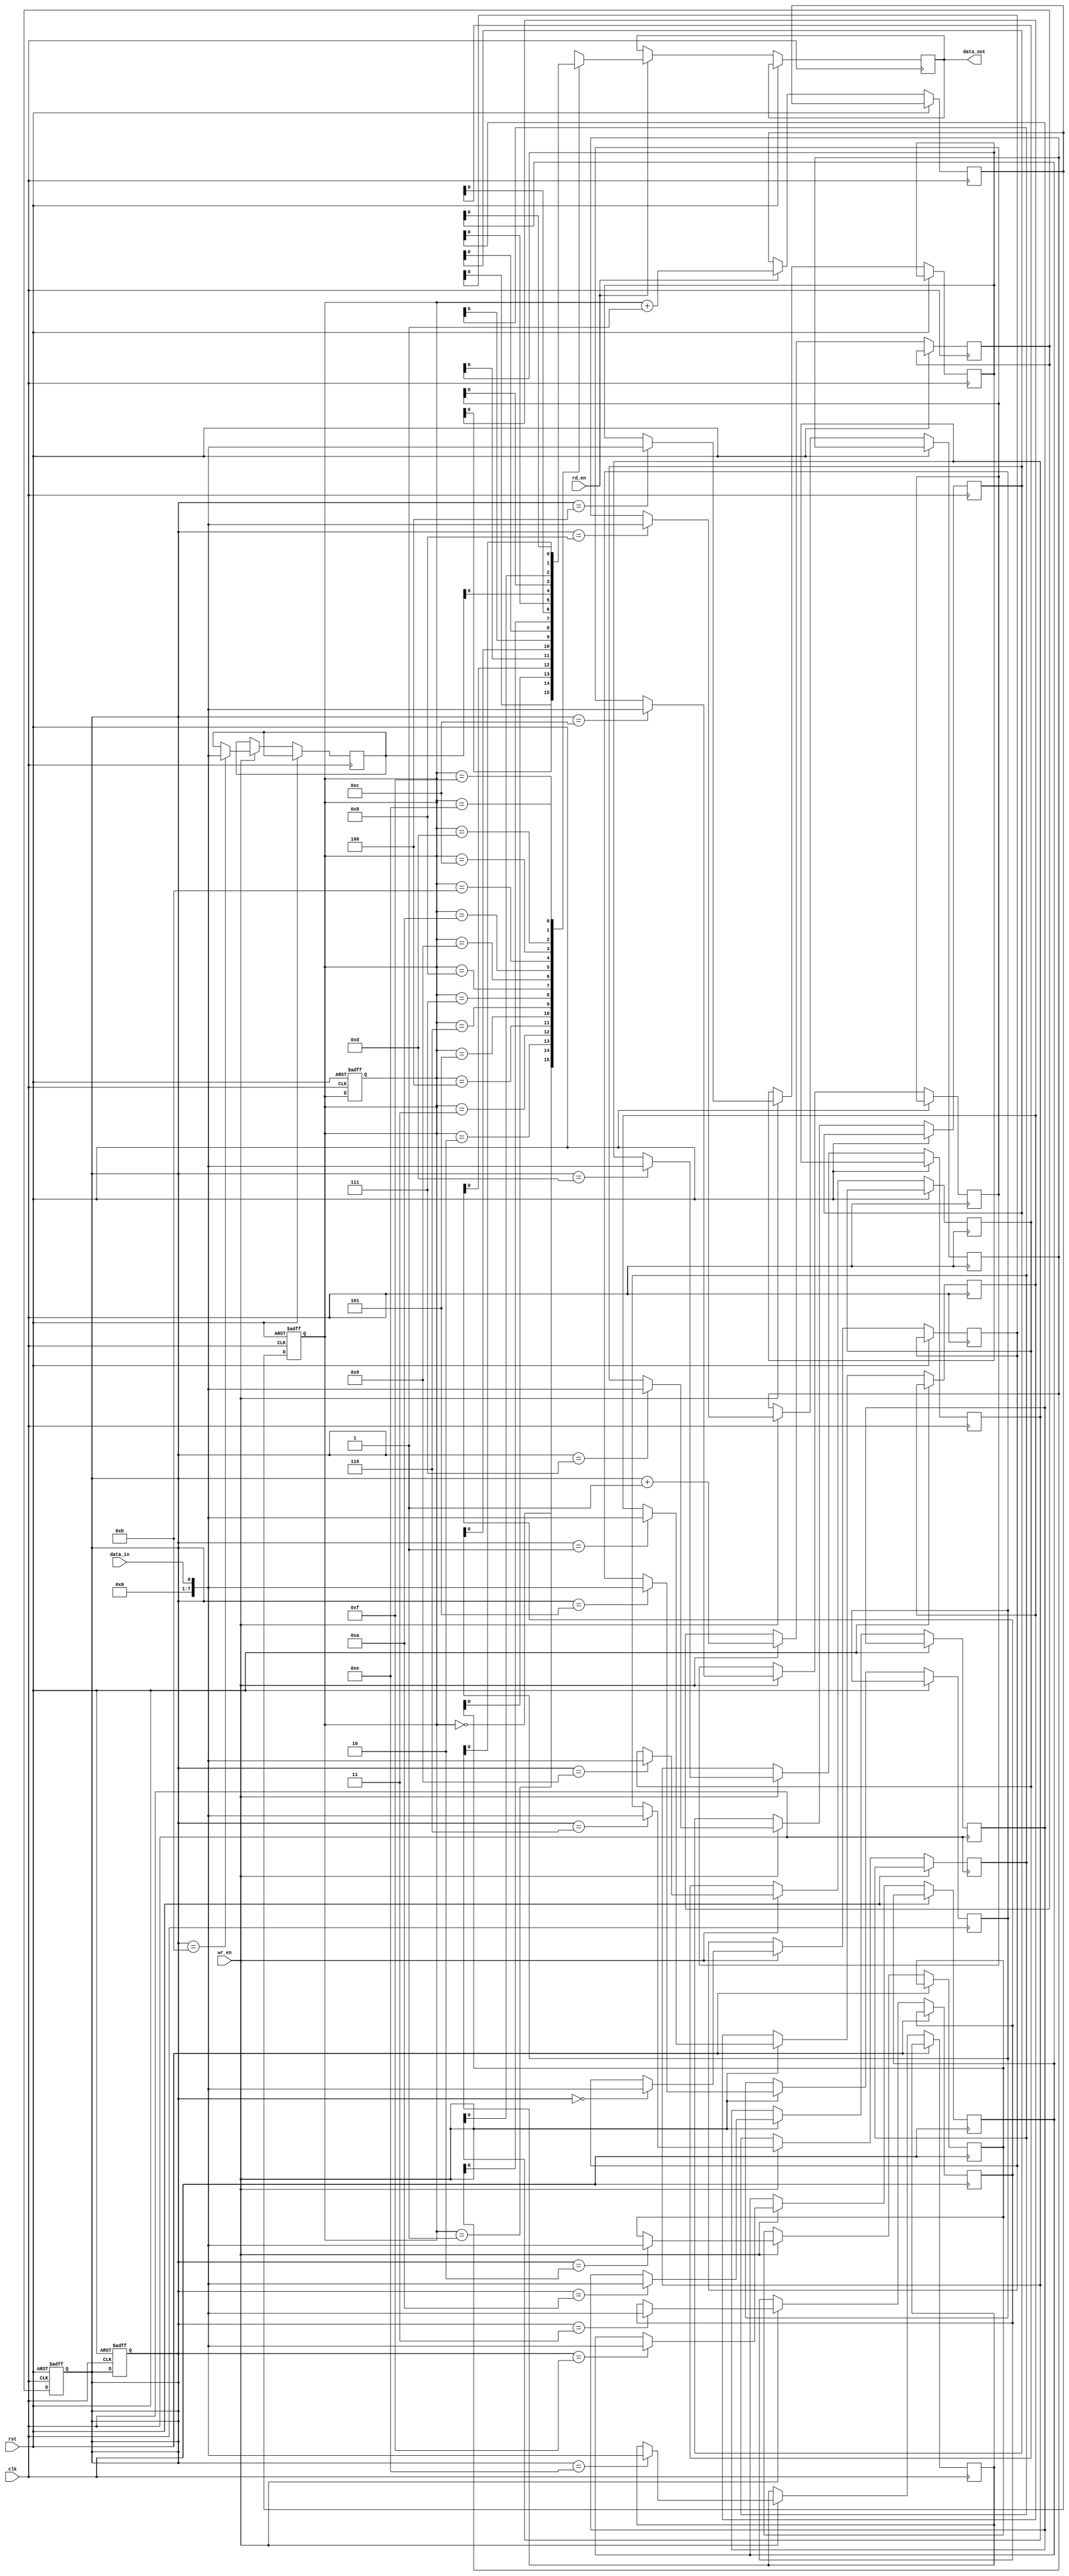
module fifo_buffer (
    input wire clk,        // System clock
    input wire rst,        // Reset signal
    input wire wr_en,      // Write enable signal
    input wire rd_en,      // Read enable signal
    input wire data_in,    // Input data
    output reg data_out    // Output data
);

reg [7:0] buffer [0:15]; // FIFO buffer with 16 locations
reg [3:0] wr_ptr = 0;    // Write pointer
reg [3:0] rd_ptr = 0;    // Read pointer
reg [3:0] next_wr_ptr;   // Next write pointer
reg [3:0] next_rd_ptr;   // Next read pointer

always @(posedge clk or posedge rst) begin
    if (rst) begin
        wr_ptr <= 0;
        rd_ptr <= 0;
    end else begin
        if (wr_en) begin
            buffer[wr_ptr] <= data_in;
            next_wr_ptr <= wr_ptr + 1;
        end
        if (rd_en) begin
            data_out <= buffer[rd_ptr];
            next_rd_ptr <= rd_ptr + 1;
        end
    end
end

always @(posedge clk or posedge rst) begin
    if (rst) begin
        wr_ptr <= 0;
        rd_ptr <= 0;
    end else begin
        wr_ptr <= next_wr_ptr;
        rd_ptr <= next_rd_ptr;
    end
end

endmodule